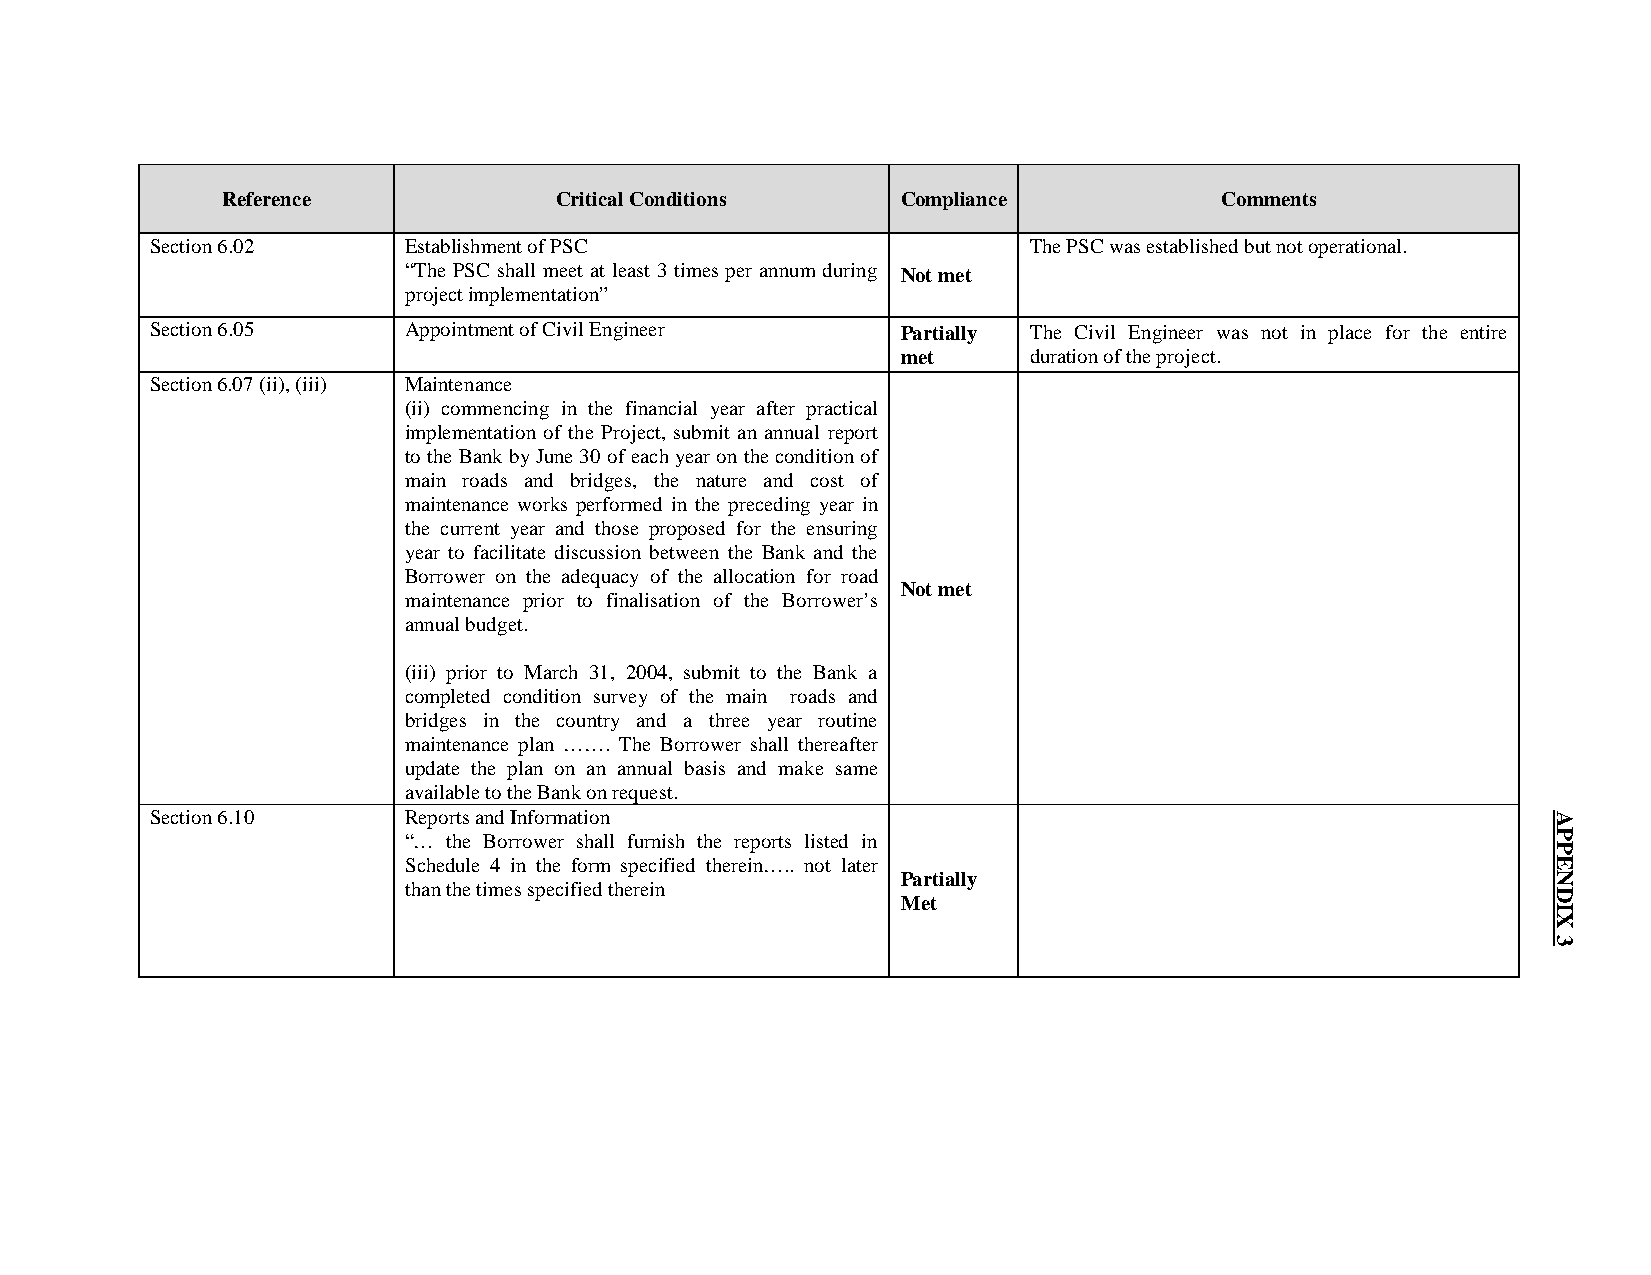
Reference             Critical Conditions    Compliance           Comments
 Section 6.02     Establishment of PSC                     The PSC was established but not operational.
 “The PSC shall meet at least 3 times per annum during Not met
 project implementation”
 Section 6.05     Appointment of Civil Engineer    Partially The Civil Engineer was not in place for the entire
 met     duration of the project.
 Section 6.07 (ii), (iii) Maintenance
 (ii) commencing in the financial year after practical
 implementation of the Project, submit an annual report
 to the Bank by June 30 of each year on the condition of
 main roads and bridges, the nature and cost of
 maintenance works performed in the preceding year in
 the current year and those proposed for the ensuring
 year to facilitate discussion between the Bank and the
 Borrower on the adequacy of the allocation for road
 Not met
 maintenance prior to finalisation of the Borrower’s
 annual budget.
 (iii) prior to March 31, 2004, submit to the Bank a
 completed condition survey of the main roads and
 bridges in the country and a three year routine
 maintenance plan ……. The Borrower shall thereafter
 update the plan on an annual basis and make same
 available to the Bank on request.
 Section 6.10     Reports and Information
 “… the Borrower shall furnish the reports listed in
 Schedule 4 in the form specified therein….. not later
 Partially
 than the times specified therein
 Met
 APPENDIX
 3